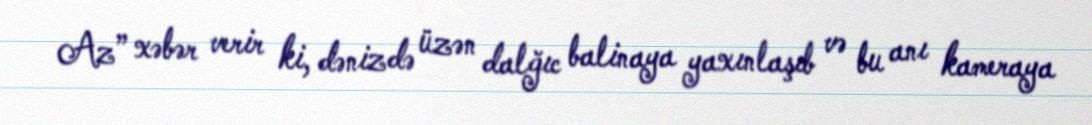
Az” xəbər verir ki, dənizdə üzən dalğıc balinaya yaxınlaşıb və bu anı kameraya